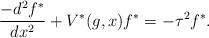
LaTeX: \begin{align*}\frac{-d^2f^*}{dx^2}+V^*(g,x)f^*=-\tau^2f^*.\end{align*}